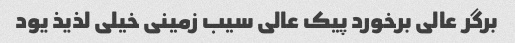
برگر عالی برخورد پیک عالی سیب زمینی خیلی لذیذ یود